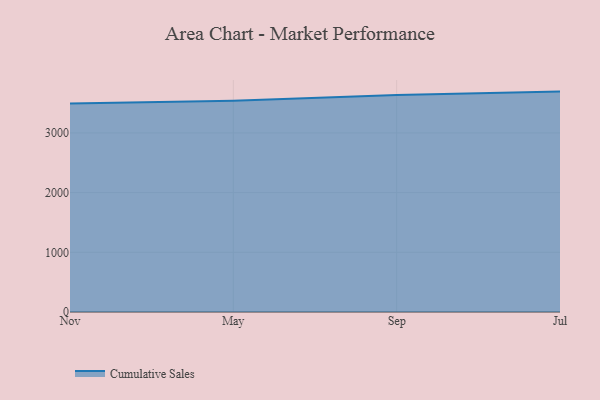
{"axis": {"x": "Month", "y": "Backlog"}, "legend": ["Cumulative Sales"], "data": [{"x": "Nov", "y": 3492.3, "type": "Cumulative Sales"}, {"x": "May", "y": 3537.9, "type": "Cumulative Sales"}, {"x": "Sep", "y": 3636.6, "type": "Cumulative Sales"}, {"x": "Jul", "y": 3693.0, "type": "Cumulative Sales"}]}